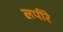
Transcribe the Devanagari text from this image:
लपीरे